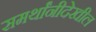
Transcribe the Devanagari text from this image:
समर्थांनीदेखील